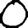
Digit: 0